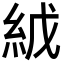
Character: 𬗇